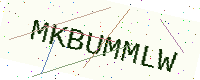
Text: MKBUMMLW